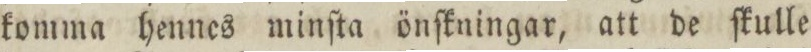
komma hennes minſta önſkningar, att de ſkulle